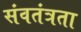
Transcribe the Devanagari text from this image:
संवतंत्रता